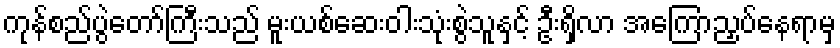
ကုန်စည်ပွဲတော်ကြီးသည် မူးယစ်ဆေးဝါးသုံးစွဲသူနှင့် ဦးရှိလာ အကြောညှပ်နေရာမှ